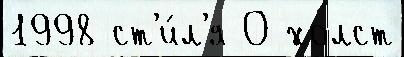
1998 ст'и́л'я О холст